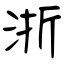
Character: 浙